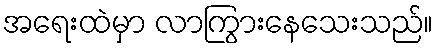
အရေးထဲမှာ လာကြွားနေသေးသည်။